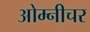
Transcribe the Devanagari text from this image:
ओम्नीचर